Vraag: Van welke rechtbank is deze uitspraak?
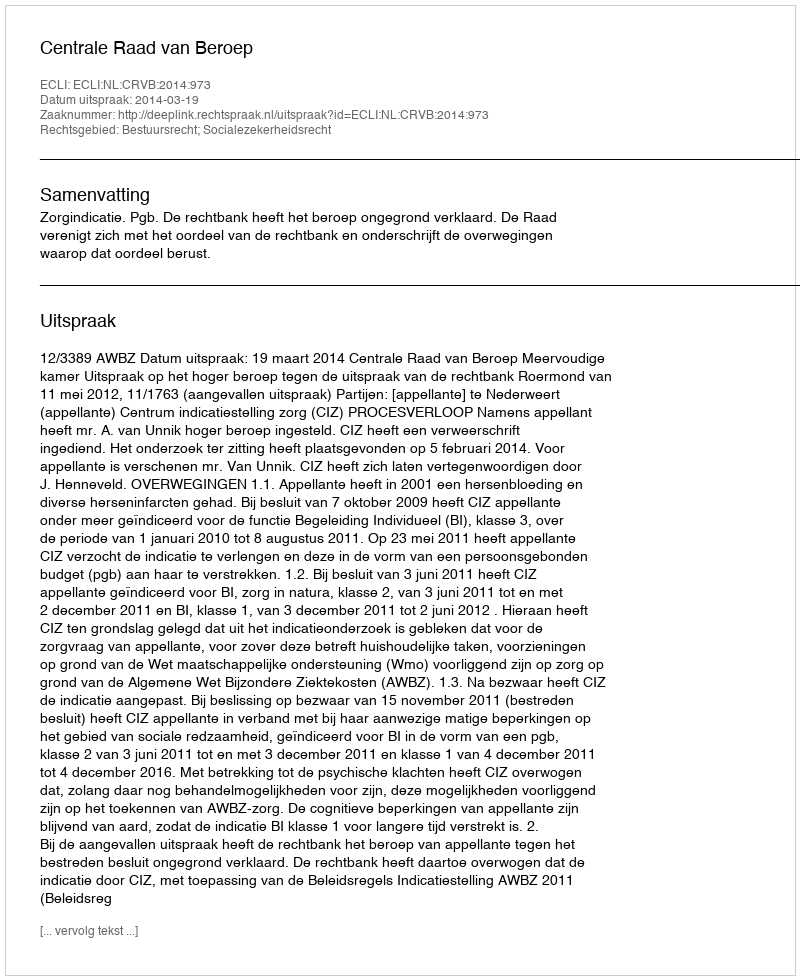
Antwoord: Centrale Raad van Beroep